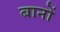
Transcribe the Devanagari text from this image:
बानों